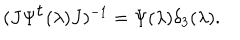
( J \Psi ^ { \mathrm { t } } ( \lambda ) J ) ^ { - 1 } = \Psi ( \lambda ) \delta _ { 3 } ( \lambda ) .